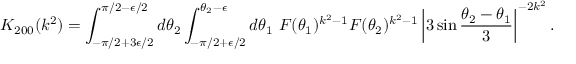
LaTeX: K _ { 2 0 0 } ( k ^ { 2 } ) = \int _ { - \pi / 2 + 3 \epsilon / 2 } ^ { \pi / 2 - \epsilon / 2 } d \theta _ { 2 } \int _ { - \pi / 2 + \epsilon / 2 } ^ { \theta _ { 2 } - \epsilon } d \theta _ { 1 } ~ { \cal F } ( \theta _ { 1 } ) ^ { k ^ { 2 } - 1 } { \cal F } ( \theta _ { 2 } ) ^ { k ^ { 2 } - 1 } \left| 3 \sin \frac { \theta _ { 2 } - \theta _ { 1 } } { 3 } \right| ^ { - 2 k ^ { 2 } } .